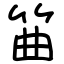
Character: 筁